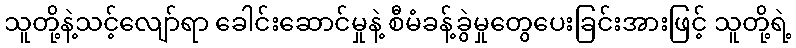
သူတို့နဲ့သင့်လျော်ရာ ခေါင်းဆောင်မှုနဲ့ စီမံခန့်ခွဲမှုတွေပေးခြင်းအားဖြင့် သူတို့ရဲ့